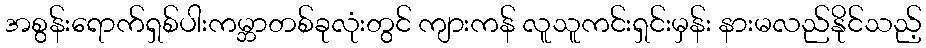
အစွန်းရောက်ရှစ်ပါးကမ္ဘာတစ်ခုလုံးတွင် ကျားကန် လူသူကင်းရှင်းမှန်း နားမလည်နိုင်သည့်